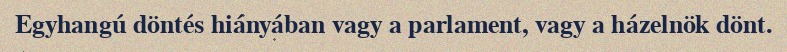
Egyhangú döntés hiányában vagy a parlament, vagy a házelnök dönt.